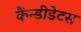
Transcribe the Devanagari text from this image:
कैंन्डीडेटस